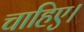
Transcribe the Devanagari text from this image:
चाहिए।